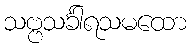
သဗ္ဗသင်္ခါရသမထော